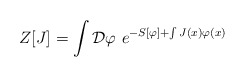
\begin{align*}Z[J]= \int{\cal D}\varphi\ e^{-S[\varphi]+ \int J(x)\varphi(x)}\end{align*}